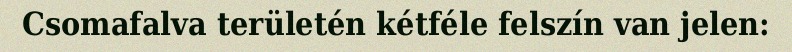
Csomafalva területén kétféle felszín van jelen: